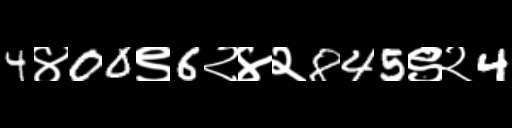
Text: 4४00९6२४२845९२4